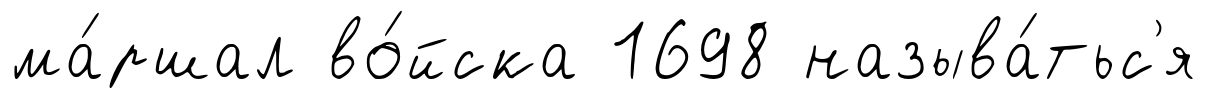
ма́ршал во́йска 1698 называ́тьс'я